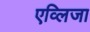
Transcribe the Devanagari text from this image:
एव्लिजा